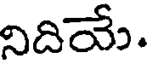
నిదియే.